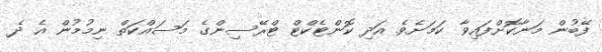
ފޭބުން މަނާކޮށްފައިވާ ކަމަށެވެ. އަދި ކޮންޓެކްޓް ޓްރޭސިންގެ މަސައްކަތް ނިމުމުން އެ ދެ